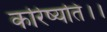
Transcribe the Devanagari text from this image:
करिष्यति।।